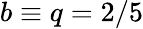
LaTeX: b\equiv q=2/5